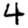
Digit: 4